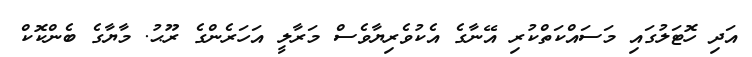
އަދި ހޮޓަލުގައި މަސައްކަތްކުރި އޭނާގެ އެކުވެރިޔާވެސް މަރާލީ އަހަރެންގެ ރޫޙު. މާޔާގެ ބެންކޮކް